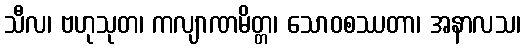
သီလ၊ ဗဟုသုတ၊ ကလျာဏမိတ္တ၊ သောဝစဿတာ၊ အနာလသ၊